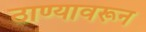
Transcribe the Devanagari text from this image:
ठाण्यावरून